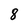
Character: 8